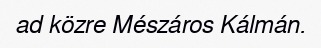
ad közre Mészáros Kálmán.